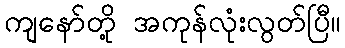
ကျနော်တို့ အကုန်လုံးလွတ်ပြီ။